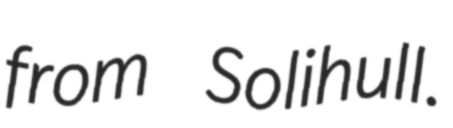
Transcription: from Solihull.